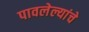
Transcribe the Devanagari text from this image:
पावलेल्यांचे